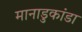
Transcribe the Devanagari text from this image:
मानाडुकांडा